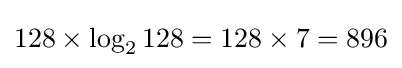
128\times \log _{2}128=128\times 7=896